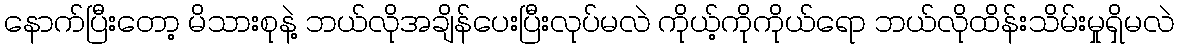
နောက်ပြီးတော့ မိသားစုနဲ့ ဘယ်လိုအချိန်ပေးပြီးလုပ်မလဲ ကိုယ့်ကိုကိုယ်ရော ဘယ်လိုထိန်းသိမ်းမှုရှိမလဲ